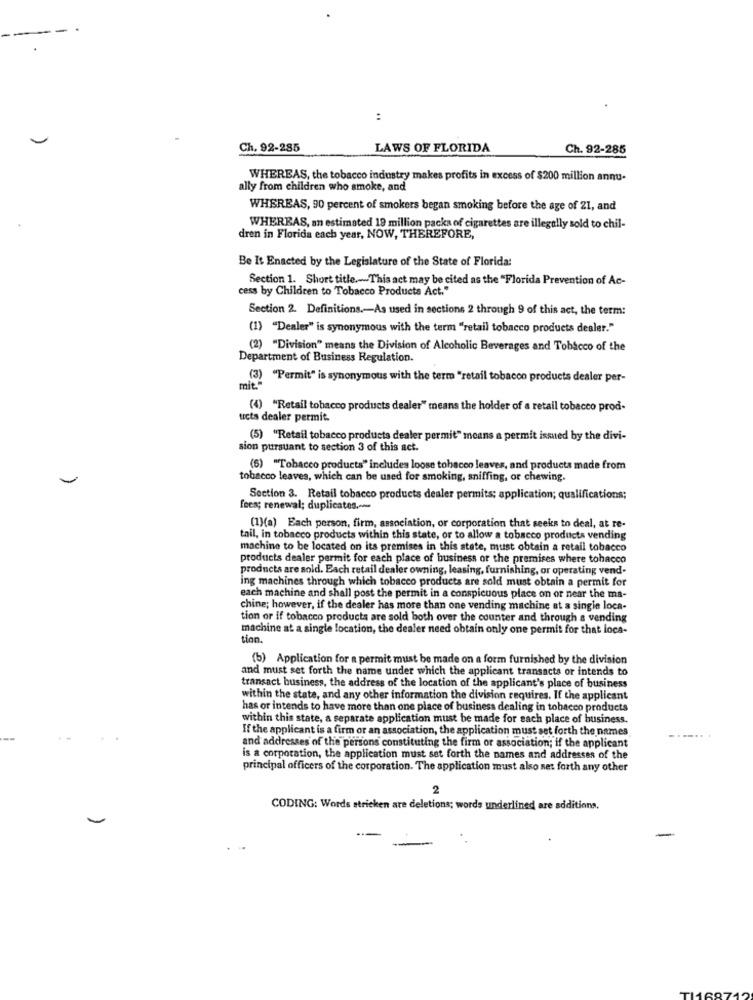
:
Ch. 92-285
LAWS OF FLORIDA
Ch. 92-285
WHEREAS, the tobacco industry makes profits in excess of $200 million annu-
ally from children who smoke, and
WHEREAS, 90 percent of smokers began smoking before the age of 21, and
WHEREAS, an estimated 19 million packs of cigarettes are illegally sold to chil-
dren in Florida each year, NOW, THEREFORE,
Be It Enacted by the Legislature of the State of Florida:
Section 1. Short title .- This act may be cited as the "Florida Prevention of Ac-
cess by Children to Tobacco Products Act."
Section 2. Definitions .- As used in sections 2 through 9 of this act, the term:
(1) "Dealer" is synonymous with the term "retail tobacco products dealer."
(2) "Division" means the Division of Alcoholic Beverages and Tobacco of the
Department of Business Regulation.
(3) "Permit" is synonymous with the term "retail tobacco products dealer per-
(4) "Retail tobacco products dealer" means the holder of a retail tobacco prod-
ucts dealer permit.
(5) "Retail tobacco products dealer permit" means a permit issued by the divi-
sion pursuant to section 3 of this act.
(6) "Tobacco products" includes loose tobacco leaves, and products made from
tobacco leaves, which can be used for smoking, sniffing, or chewing.
Section 3. Retail tobacco products dealer permits; application; qualifications;
fees; renewal; duplicates .---
(1)(a) Each person, firm, association, or corporation that seeks to deal, at re-
tail, in tobacco products within this state, or to allow a tobacco products vending
machine to be located on its premises in this state, must obtain a retail tobacco
products dealer permit for each place of business or the premises where tohacco
products are sold. Each retail dealer owning, leasing, furnishing, or operating vend-
ing machines through which tobacco products are sold must obtain a permit for
each machine and shall post the permit in a conspicuous place on or near the ma-
chine; however, if the dealer has more than one vending machine at a single loca-
tion or if tobacco products are sold both over the counter and through a vending
machine at a single location, the dealer need obtain only one permit for that loca-
tion.
(b) Application for a permit must be made on a form furnished by the division
and must set forth the name under which the applicant transacts or intends to
transact business, the address of the location of the applicant's place of business
within the state, and any other information the division requires. If the applicant
has or intends to have more than one place of business dealing in tobacco products
within this state, a separate application must be made for each place of business.
If the applicant is a firm or an association, the application must set forth the names
and addresses of the persons constituting the firm or association; if the applicant
is a corporation, the application must set forth the names and addresses of the
principal officers of the corporation. The application must also set forth any other
2
CODING: Words stricken are deletions; words underlined are additions.
-